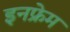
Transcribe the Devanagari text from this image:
इनफ्रेम